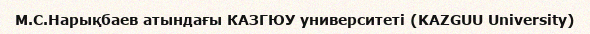
М.С.Нарықбаев атындағы КАЗГЮУ университеті (KAZGUU University)